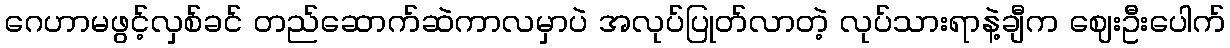
ဂေဟာမဖွင့်လှစ်ခင် တည်ဆောက်ဆဲကာလမှာပဲ အလုပ်ပြုတ်လာတဲ့ လုပ်သားရာနဲ့ချီက ဈေးဦးပေါက်